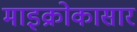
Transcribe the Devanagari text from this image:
माइक्रोकासार